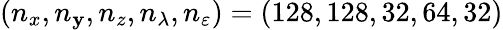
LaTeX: (n_{x},n_{\mathbf{y}},n_{z},n_{\lambda},n_{\varepsilon})=(128,128,32,64,32)